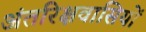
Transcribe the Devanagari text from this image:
अंतरिक्षवासियों